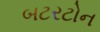
બટરટોન